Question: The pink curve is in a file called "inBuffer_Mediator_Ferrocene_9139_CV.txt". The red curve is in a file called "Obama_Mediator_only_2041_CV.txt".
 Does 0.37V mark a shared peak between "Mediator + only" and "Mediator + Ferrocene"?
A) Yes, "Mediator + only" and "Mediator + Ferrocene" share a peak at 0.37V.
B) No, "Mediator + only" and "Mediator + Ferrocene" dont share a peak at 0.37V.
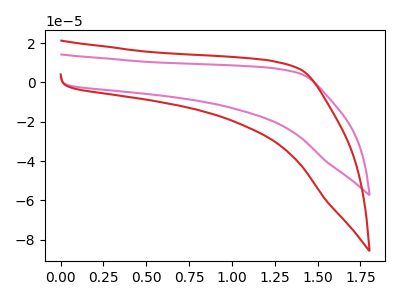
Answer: <think>The pink curve "Mediator + Ferrocene" has no peaks. The red curve "Mediator + only" has no peaks.</think>
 <answer>B) No, "Mediator + only" and "Mediator + Ferrocene" dont share a peak at 0.37V.</answer>
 <eval>B</eval>